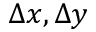
\Delta x , \Delta y